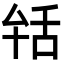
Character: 𦧐